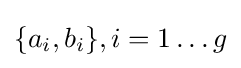
\{a_{i},b_{i}\},i=1\ldots g